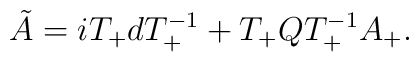
\tilde{A}	=	i T_+ d T_+^{-1} + 	T_+ Q T_+^{-1} A_+.